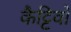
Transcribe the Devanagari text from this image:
कैट्टिवो